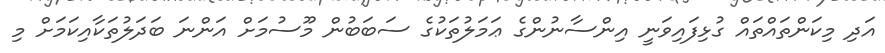
އަދި މިކަންތައްތައް ގުޅިފައިވަނީ އިންސާނުންގެ ޢަމަލުތަކުގެ ސަބަބުން މޫސުމަށް އަންނަ ބަދަލުތަކާއިކަމަށް މި